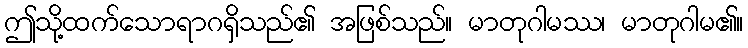
ဤသို့ထက်သောရာဂရှိသည်၏ အဖြစ်သည်။ မာတုဂါမဿ၊ မာတုဂါမ၏။